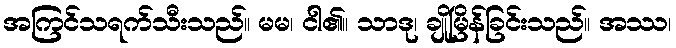
အကြင်သရက်သီးသည်။ မမ၊ ငါ၏။ သာဒု၊ ချိုမြိန်ခြင်းသည်။ အဿ၊